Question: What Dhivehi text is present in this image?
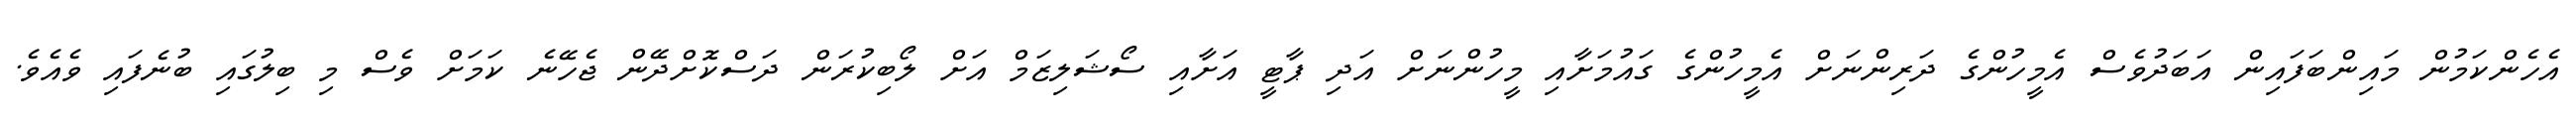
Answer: އެހެންކަމުން މައިންބަފައިން އަބަދުވެސް އެމީހުންގެ ދަރިންނަށް އެމީހުންގެ ގައުމަށާއި މީހުންނަށް އަދި ޕާޓީ އަށާއި ސޯޝަލިޒަމް އަށް ލޯބިކުރަން ދަސްކޮށްދޭން ޖެހޭނެ ކަމަށް ވެސް މި ބިލުގައި ބުނެފައި ވެއެވެ.